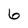
Character: 6